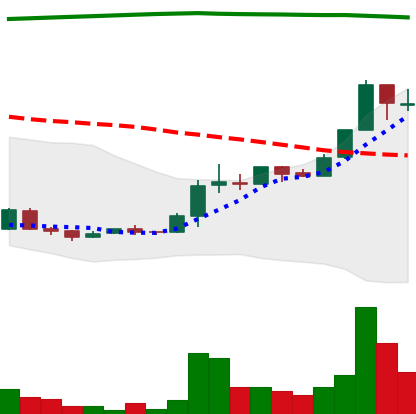
Ticker: XRP-USD
Chart end date: 2018-04-22
Forward return: -6.45%
Label: down_5_7